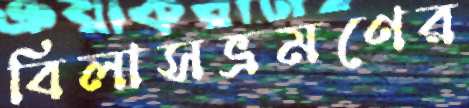
বিলাসভ্রমণের